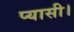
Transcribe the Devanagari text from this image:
प्यासी।